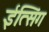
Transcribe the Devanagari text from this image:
ईत्सिंग